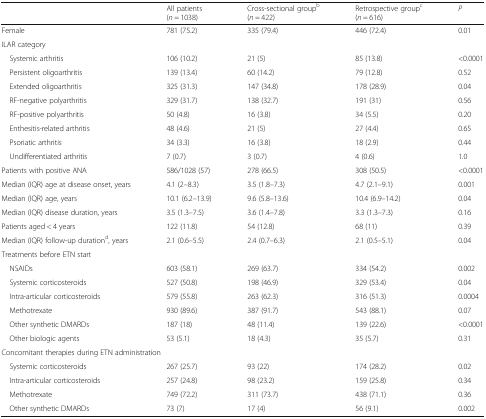
<table><thead><tr><td></td><td><b>All patients(<i>n</i> = 1038)</b></td><td><b>Cross-sectional group<sup>b</sup>(<i>n</i> = 422)</b></td><td><b>Retrospective group<sup>c</sup>(<i>n</i> = 616)</b></td><td><b><i>P</i></b></td></tr></thead><tbody><tr><td>Female</td><td>781 (75.2)</td><td>335 (79.4)</td><td>446 (72.4)</td><td>0.01</td></tr><tr><td colspan="5">ILAR category</td></tr><tr><td> Systemic arthritis</td><td>106 (10.2)</td><td>21 (5)</td><td>85 (13.8)</td><td>&lt;0.0001</td></tr><tr><td> Persistent oligoarthritis</td><td>139 (13.4)</td><td>60 (14.2)</td><td>79 (12.8)</td><td>0.52</td></tr><tr><td> Extended oligoarthritis</td><td>325 (31.3)</td><td>147 (34.8)</td><td>178 (28.9)</td><td>0.04</td></tr><tr><td> RF-negative polyarthritis</td><td>329 (31.7)</td><td>138 (32.7)</td><td>191 (31)</td><td>0.56</td></tr><tr><td> RF-positive polyarthritis</td><td>50 (4.8)</td><td>16 (3.8)</td><td>34 (5.5)</td><td>0.20</td></tr><tr><td> Enthesitis-related arthritis</td><td>48 (4.6)</td><td>21 (5)</td><td>27 (4.4)</td><td>0.65</td></tr><tr><td> Psoriatic arthritis</td><td>34 (3.3)</td><td>16 (3.8)</td><td>18 (2.9)</td><td>0.44</td></tr><tr><td> Undifferentiated arthritis</td><td>7 (0.7)</td><td>3 (0.7)</td><td>4 (0.6)</td><td>1.0</td></tr><tr><td>Patients with positive ANA</td><td>586/1028 (57)</td><td>278 (66.5)</td><td>308 (50.5)</td><td>&lt;0.0001</td></tr><tr><td>Median (IQR) age at disease onset, years</td><td>4.1 (2–8.3)</td><td>3.5 (1.8–7.3)</td><td>4.7 (2.1–9.1)</td><td>0.001</td></tr><tr><td>Median (IQR) age, years</td><td>10.1 (6.2–13.9)</td><td>9.6 (5.8–13.6)</td><td>10.4 (6.9–14.2)</td><td>0.04</td></tr><tr><td>Median (IQR) disease duration, years</td><td>3.5 (1.3–7.5)</td><td>3.6 (1.4–7.8)</td><td>3.3 (1.3–7.3)</td><td>0.16</td></tr><tr><td>Patients aged &lt; 4 years</td><td>122 (11.8)</td><td>54 (12.8)</td><td>68 (11)</td><td>0.39</td></tr><tr><td>Median (IQR) follow-up duration<sup>d</sup>, years</td><td>2.1 (0.6–5.5)</td><td>2.4 (0.7–6.3)</td><td>2.1 (0.5–5.1)</td><td>0.04</td></tr><tr><td colspan="5">Treatments before ETN start</td></tr><tr><td> NSAIDs</td><td>603 (58.1)</td><td>269 (63.7)</td><td>334 (54.2)</td><td>0.002</td></tr><tr><td> Systemic corticosteroids</td><td>527 (50.8)</td><td>198 (46.9)</td><td>329 (53.4)</td><td>0.04</td></tr><tr><td> Intra-articular corticosteroids</td><td>579 (55.8)</td><td>263 (62.3)</td><td>316 (51.3)</td><td>0.0004</td></tr><tr><td> Methotrexate</td><td>930 (89.6)</td><td>387 (91.7)</td><td>543 (88.1)</td><td>0.07</td></tr><tr><td> Other synthetic DMARDs</td><td>187 (18)</td><td>48 (11.4)</td><td>139 (22.6)</td><td>&lt;0.0001</td></tr><tr><td> Other biologic agents</td><td>53 (5.1)</td><td>18 (4.3)</td><td>35 (5.7)</td><td>0.31</td></tr><tr><td colspan="5">Concomitant therapies during ETN administration</td></tr><tr><td> Systemic corticosteroids</td><td>267 (25.7)</td><td>93 (22)</td><td>174 (28.2)</td><td>0.02</td></tr><tr><td> Intra-articular corticosteroids</td><td>257 (24.8)</td><td>98 (23.2)</td><td>159 (25.8)</td><td>0.34</td></tr><tr><td> Methotrexate</td><td>749 (72.2)</td><td>311 (73.7)</td><td>438 (71.1)</td><td>0.36</td></tr><tr><td> Other synthetic DMARDs</td><td>73 (7)</td><td>17 (4)</td><td>56 (9.1)</td><td>0.002</td></tr></tbody></table>